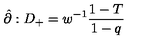
\hat { \partial } : D _ { + } = w ^ { - 1 } \frac { 1 - T } { 1 - q }